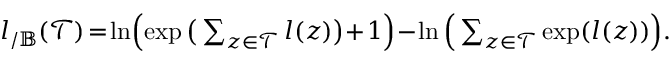
\begin{array} { r } { \boldsymbol { l } _ { / \mathbb { B } } ( \mathcal { T } ) \! = \! \ln \! \Big ( \! \exp \big ( \sum _ { \boldsymbol { z } \in \mathcal { T } } \boldsymbol { l } ( \boldsymbol { z } ) \big ) \! + \! 1 \Big ) \! - \! \ln \Big ( \sum _ { \boldsymbol { z } \in \mathcal { T } } \exp ( \boldsymbol { l } ( \boldsymbol { z } ) ) \Big ) . } \end{array}